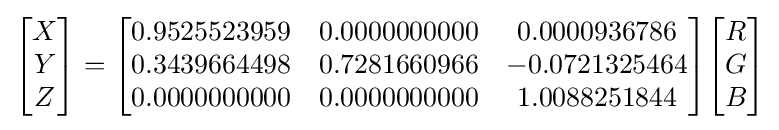
{\begin{bmatrix}X\\Y\\Z\end{bmatrix}}={\begin{bmatrix}0.9525523959&0.0000000000&0.0000936786\\0.3439664498&0.7281660966&-0.0721325464\\0.0000000000&0.0000000000&1.0088251844\end{bmatrix}}{\begin{bmatrix}R\\G\\B\end{bmatrix}}